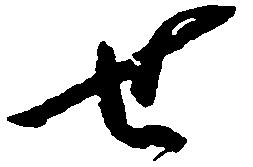
せ